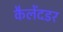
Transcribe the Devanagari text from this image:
कैलेंदडर